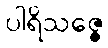
ပါရိသဇ္ဇေ